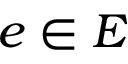
e \in E